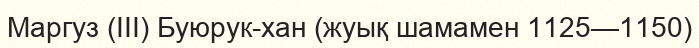
Маргуз (III) Буюрук-хан (жуық шамамен 1125—1150)